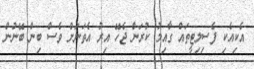
އެކިއެކި ފެސިލިޓީތައް ގާއިމު ކުރަން ޖެހޭ އިރު އެތަނަށް ވެސް ބިން ބޭނުން